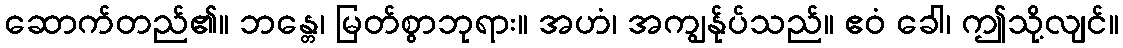
ဆောက်တည်၏။ ဘန္တေ၊ မြတ်စွာဘုရား။ အဟံ၊ အကျွန်ုပ်သည်။ ဧဝံ ခေါ၊ ဤသို့လျင်။